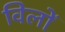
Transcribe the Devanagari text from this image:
विलों